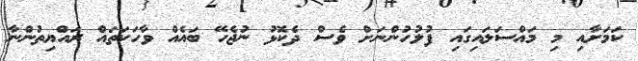
ކަމަށާއި މި މައްސަލައިގައި ފުލުހުންނަށް ވެސް ދެކޮޅު ނުޖެހޭ ބައެއް ވާހަކަތައް ރައްޔިތުންނާ